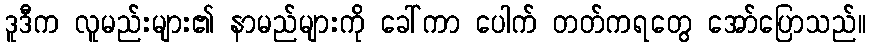
ဒူဒီက လူမည်းများ၏ နာမည်များကို ခေါ်ကာ ပေါက် တတ်ကရတွေ အော်ပြောသည်။